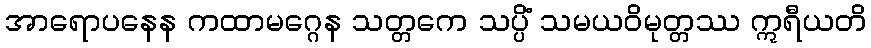
အာရောပနေန ကထာမဂ္ဂေန သတ္တကေ သပ္ပိံ သမယဝိမုတ္တဿ ဣရီယတိ